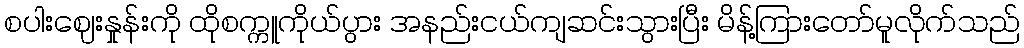
စပါးဈေးနှုန်းကို ထိုစက္ကူကိုယ်ပွား အနည်းငယ်ကျဆင်းသွားပြီး မိန့်ကြားတော်မူလိုက်သည်